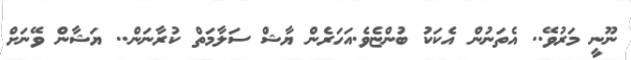
ނޫނީ މަރުވޭ.. އެތަނުން އެކަކު ބުންޏެވެ.އަހަރެން ޔާޝް ސަލާމަތް ކުރާނަން.. ޔަޝާން ވޭނަށް